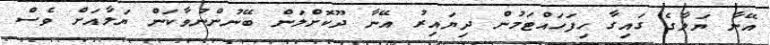
އޭނާ ޔަލާގެ ގައިގާ ހިފަހައްޓަމުން ދިޔައިރު އޭނާ ދޫކޮށްލަން ބޭނުންނުވާކަން ޔަލާއަށް ވެސް